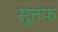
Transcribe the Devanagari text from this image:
सूत्तफ